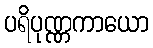
ပရိပုဏ္ဏကာယော